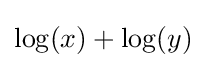
\log(x)+\log(y)